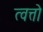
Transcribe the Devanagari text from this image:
त्वत्तो